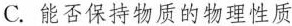
C.能否保持物质的物理性质